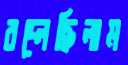
বদ্‌লেছিলাম